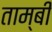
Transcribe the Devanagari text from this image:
ताम्बी